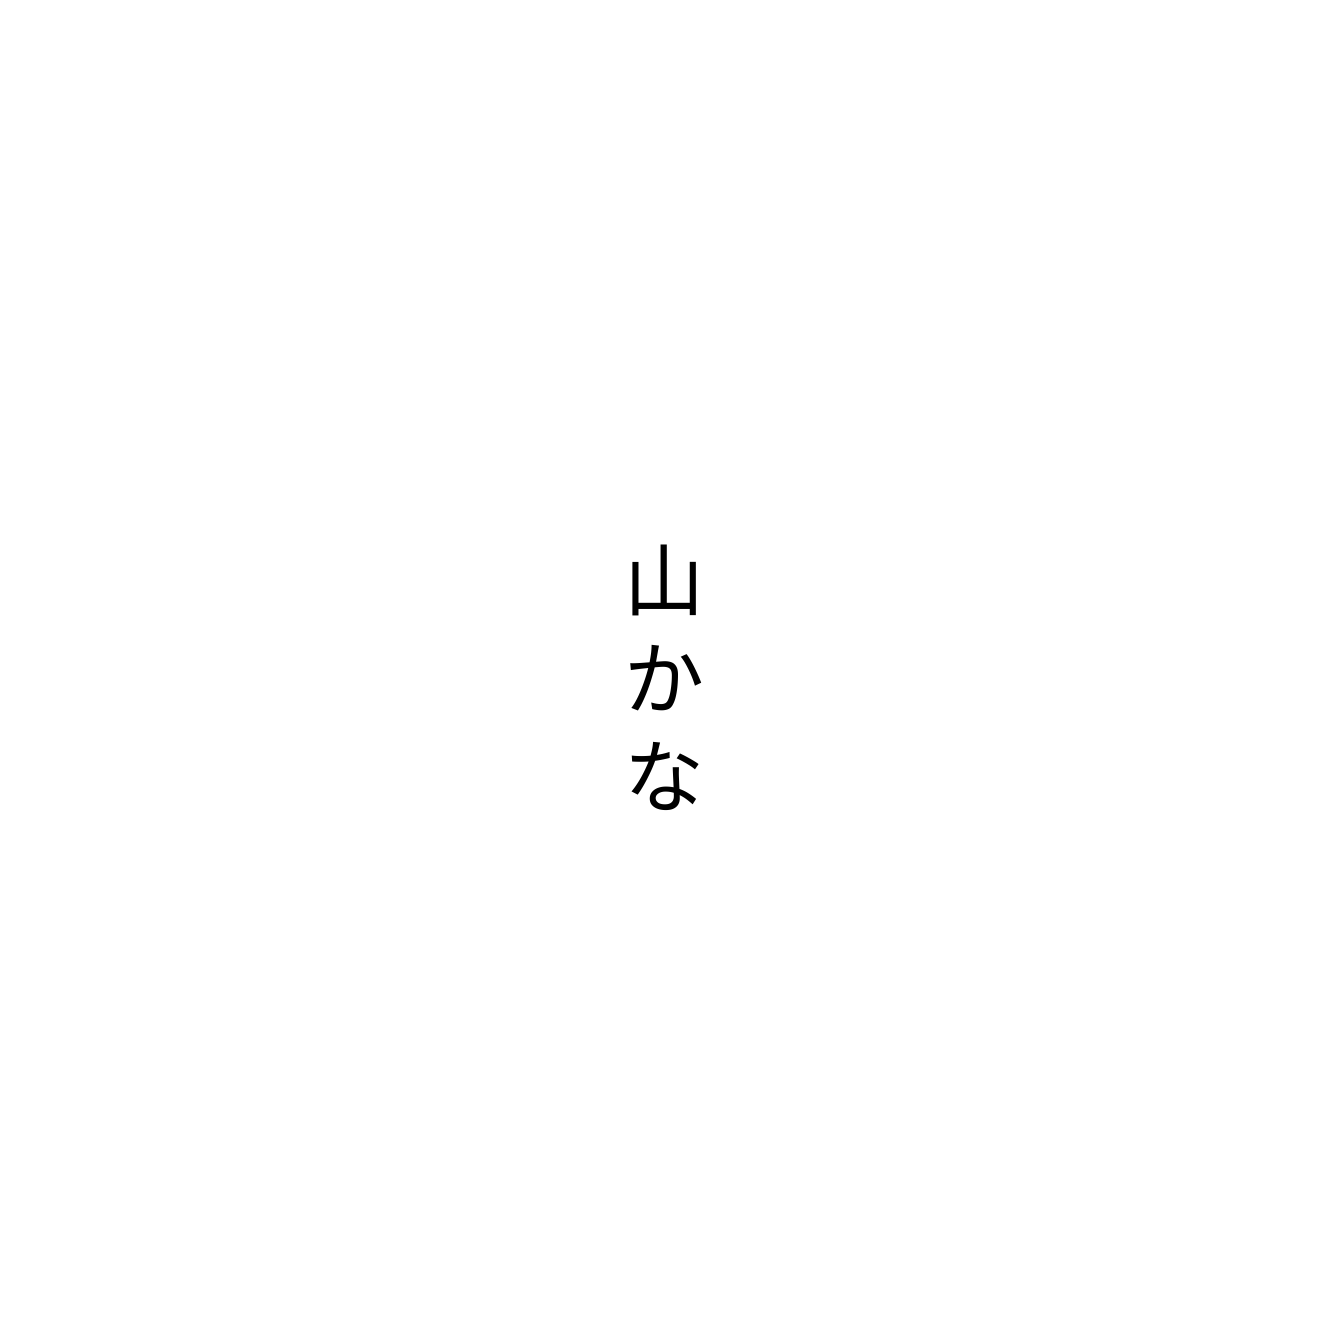
山かな